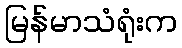
မြန်မာသံရုံးက